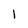
Character: 1